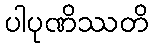
ပါပုဏိဿတိ